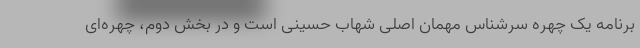
برنامه یک چهره سرشناس مهمان اصلی شهاب حسینی است و در بخش دوم، چهره‌ای